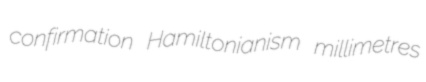
confirmation Hamiltonianism millimetres